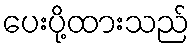
ပေးပို့ထားသည်